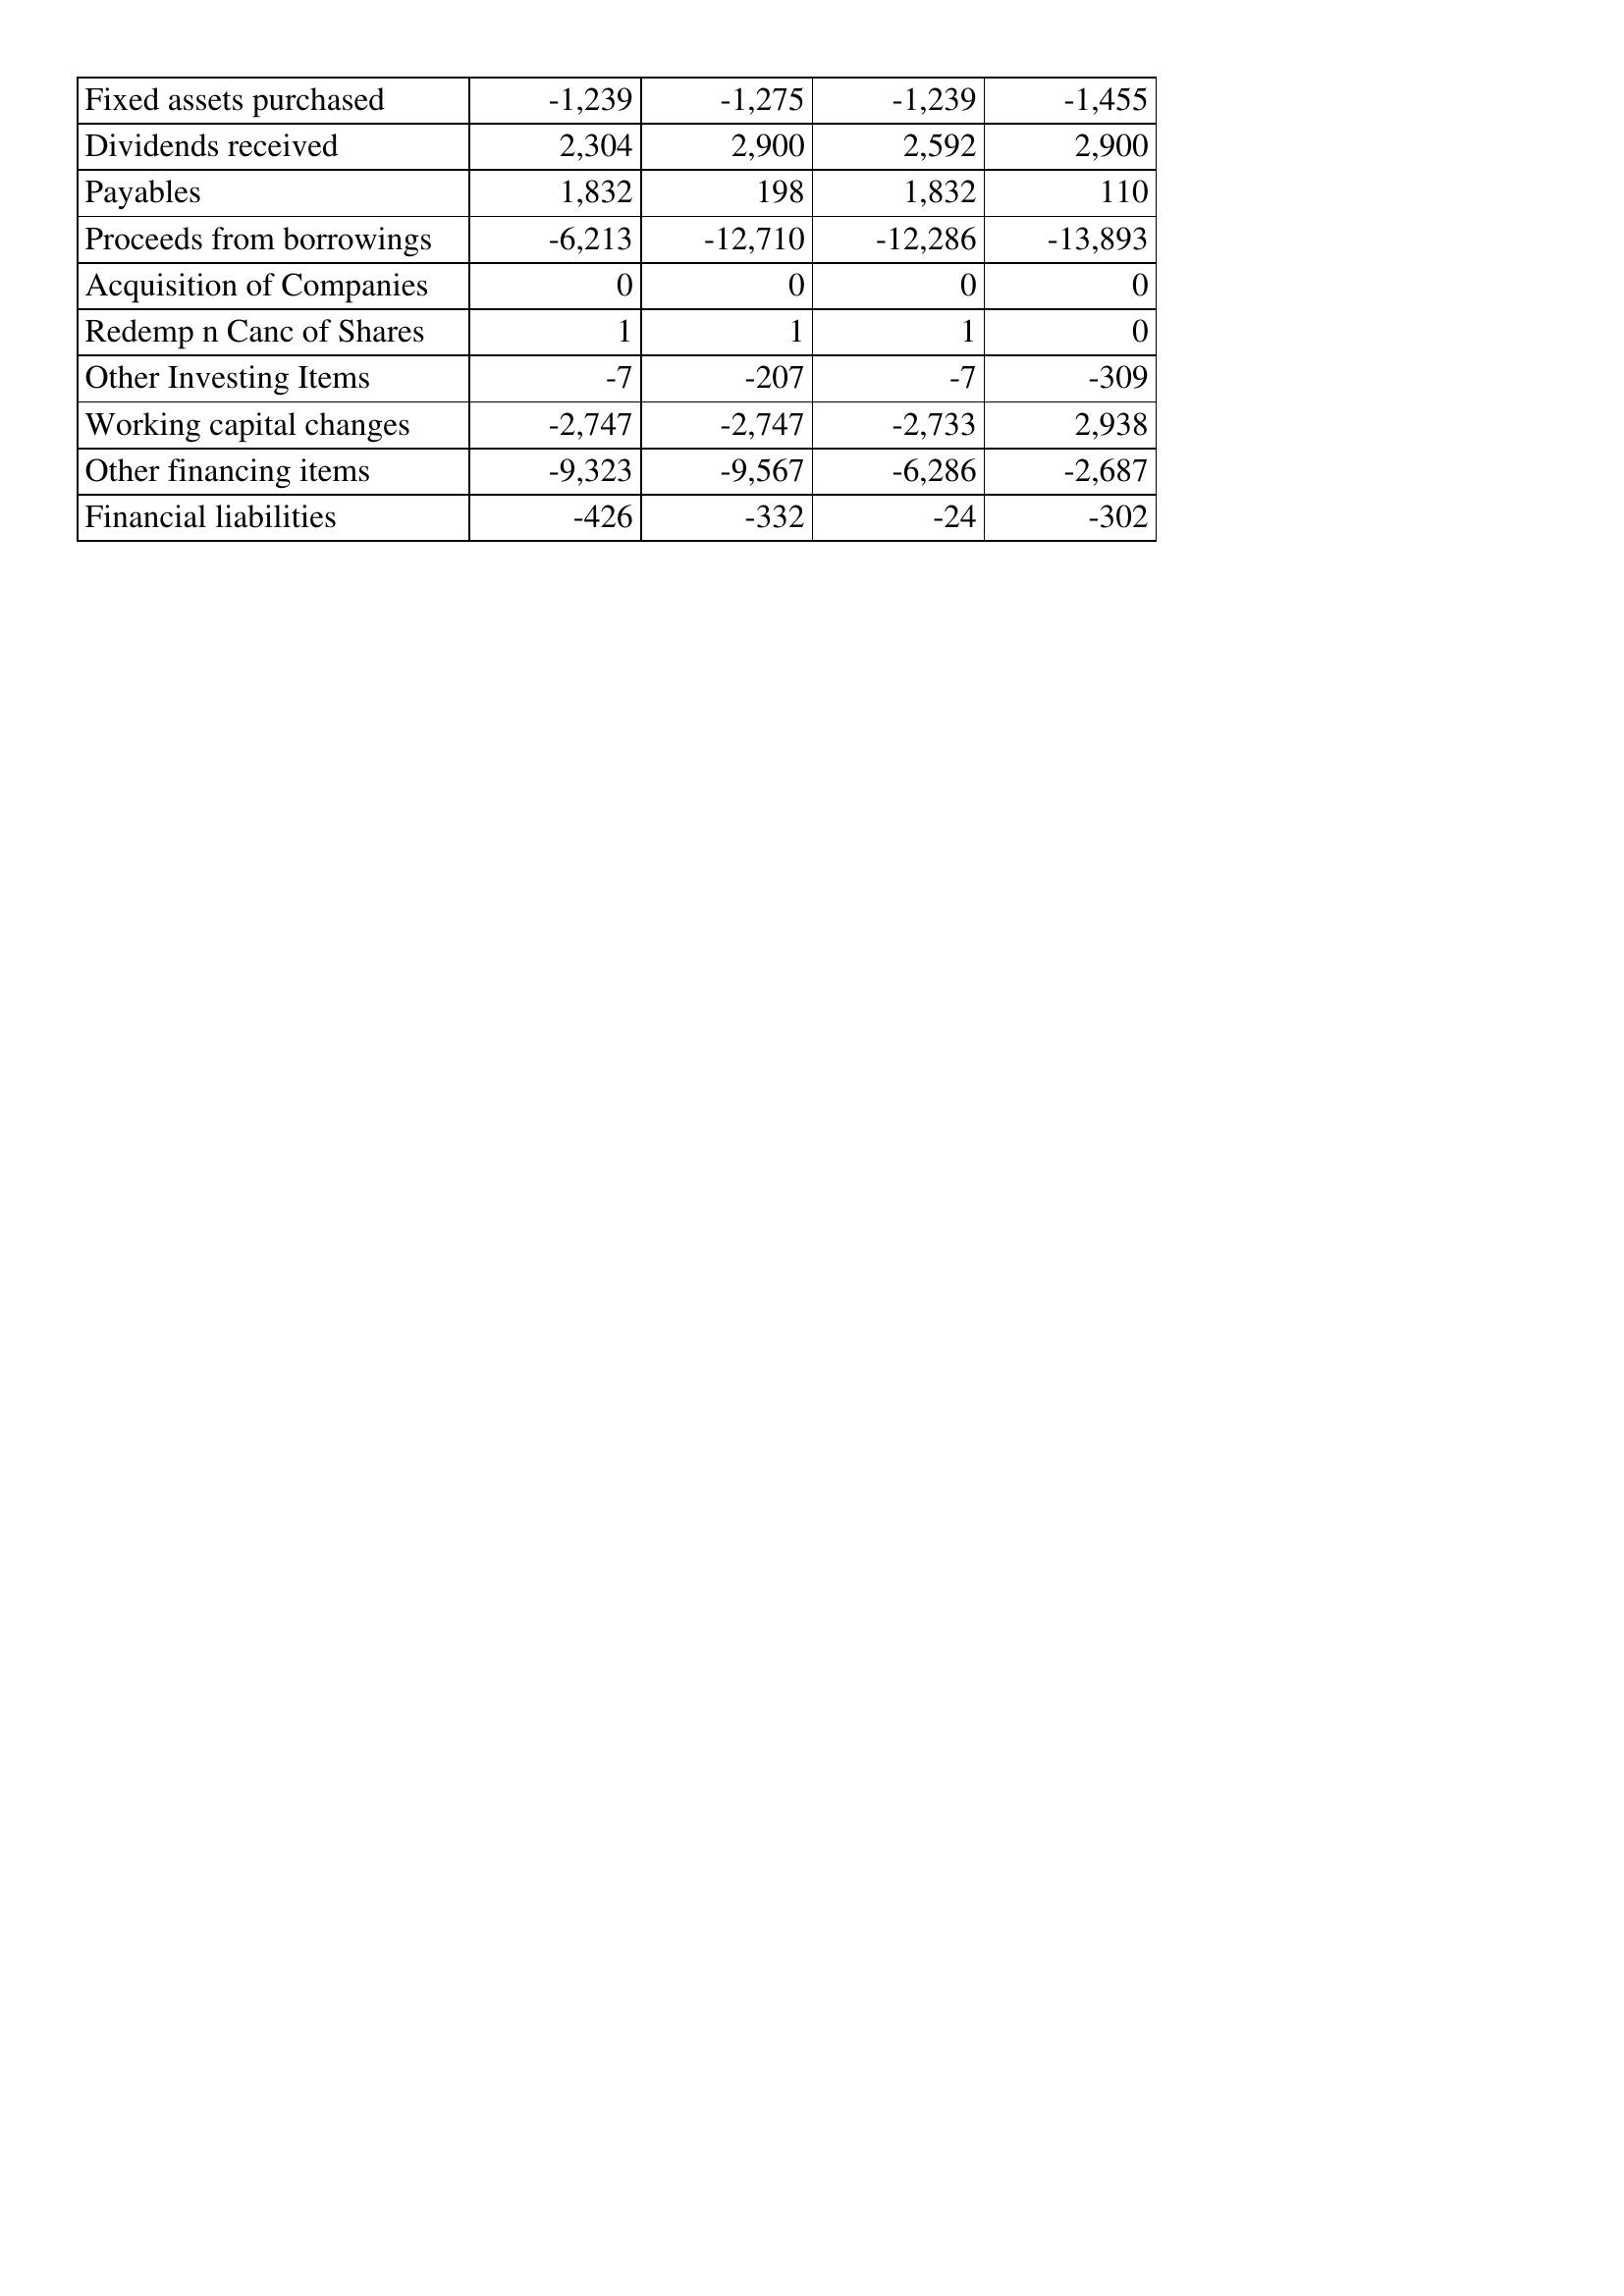
May-15: Cash Flows: Fixed assets purchased: -1,239
Dividends received: 2,304
Payables: 1,832
Proceeds from borrowings: -6,213
Acquisition of Companies: 0
Redemp n Canc of Shares: 1
Other Investing Items: -7
Working capital changes: -2,747
Other financing items: -9,323
Financial liabilities: -426
May-14: Cash Flows: Fixed assets purchased: -1,275
Dividends received: 2,900
Payables: 198
Proceeds from borrowings: -12,710
Acquisition of Companies: 0
Redemp n Canc of Shares: 1
Other Investing Items: -207
Working capital changes: -2,747
Other financing items: -9,567
Financial liabilities: -332
May-13: Cash Flows: Fixed assets purchased: -1,239
Dividends received: 2,592
Payables: 1,832
Proceeds from borrowings: -12,286
Acquisition of Companies: 0
Redemp n Canc of Shares: 1
Other Investing Items: -7
Working capital changes: -2,733
Other financing items: -6,286
Financial liabilities: -24
May-12: Cash Flows: Fixed assets purchased: -1,455
Dividends received: 2,900
Payables: 110
Proceeds from borrowings: -13,893
Acquisition of Companies: 0
Redemp n Canc of Shares: 0
Other Investing Items: -309
Working capital changes: 2,938
Other financing items: -2,687
Financial liabilities: -302